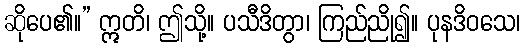
ဆိုပေ၏။” ဣတိ၊ ဤသို့။ ပသီဒိတွာ၊ ကြည်ညို၍။ ပုနဒိဝသေ၊